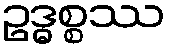
ဥဒ္ဓစ္စဿ